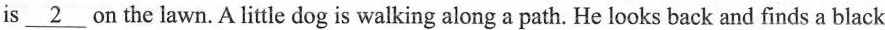
is \underline{2} on the lawn. A little dog is walking along a path. He looks back and finds a black